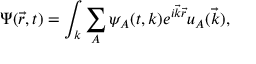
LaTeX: \Psi ( \vec { r } , t ) = \int _ { k } \sum _ { A } \psi _ { A } ( t , k ) e ^ { i { \vec { k } } { \vec { r } } } u _ { A } ( \vec { k } ) ,